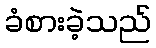
ခံစားခဲ့သည်